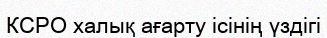
КСРО халық ағарту ісінің үздігі